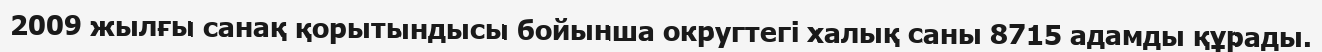
2009 жылғы санақ қорытындысы бойынша округтегі халық саны 8715 адамды құрады.